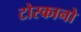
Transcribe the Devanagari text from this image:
टोस्कानो